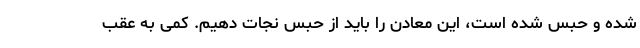
شده و حبس شده است، این معادن را باید از حبس نجات دهیم. کمی به عقب